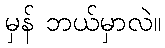
မှန် ဘယ်မှာလဲ။